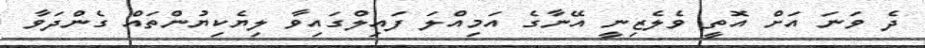
ދެ ވަނަ އަށް އޮތީ ވެލެޒިނީ އޭނާގެ އަމިއްލަ ފައިލްގައިވާ ލިޔެކިޔުންތައް ގެންދަވާ